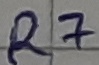
Text: R7